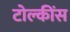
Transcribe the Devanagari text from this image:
टोल्कींस